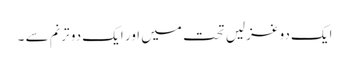
ایک دو غزلیں تحت میں اور ایک دو ترنم سے ۔